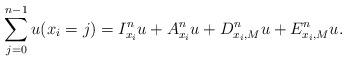
LaTeX: \begin{align*}\sum_{j=0}^{n-1} u(x_i=j)=I^{n}_{x_i}u+A^{n}_{x_i}u+D_{x_i,M}^{n}u+E^{n}_{x_i,M}u.\end{align*}